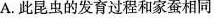
A.此昆虫的发育过程和家蚕相同